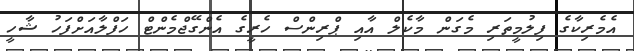
އެމެރިކާގެ ފިލުމީތަރި މެގަން މާކެލް އާއި ޕްރިންސް ހެރީގެ އެންގޭޖްމެންޓް ހަފްލާއަށްފަހު ޝާހީ